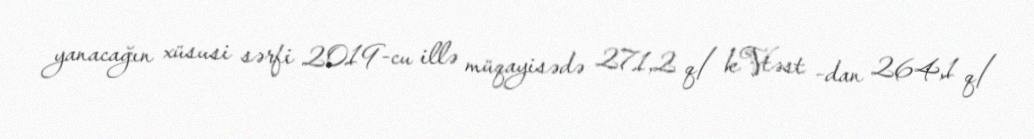
yanacağın xüsusi sərfi 2019-cu illə müqayisədə 271,2 q/ kVtəst -dan 264,1 q/